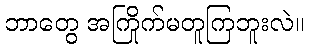
ဘာတွေ အကြိုက်မတူကြဘူးလဲ။